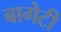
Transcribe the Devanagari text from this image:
बागेटी